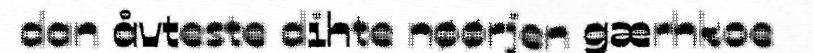
dan åvteste dihte nøørjen gærhkoe